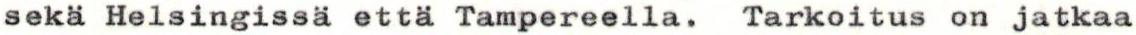
sekä Helsingissä että Tampereella. Tarkoitus on jatkaa